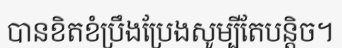
បានខិតខំប្រឹងប្រែងសូម្បីតែបន្តិច។